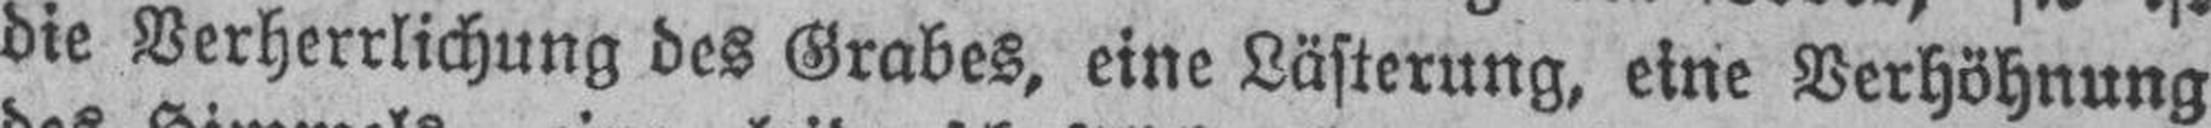
die Verherrlichung des Grabes, eine Lästerung, eine Verhöhnung